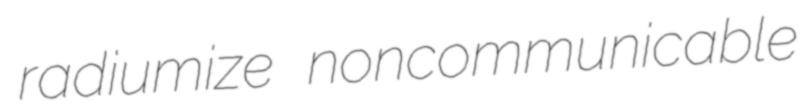
radiumize noncommunicable